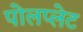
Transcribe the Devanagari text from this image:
पोलप्लेट